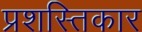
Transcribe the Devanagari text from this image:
प्रशस्तिकार